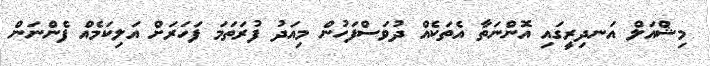
މިޝްއަލް އަނދިރީގައި އޮންނަތާ އެތަކެއް ދުވަސްފަހުން މިއަދު ފުރަތަމަ ފަހަރަށް އަލިކަމެއް ފެންނަން